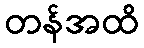
တန်အထိ